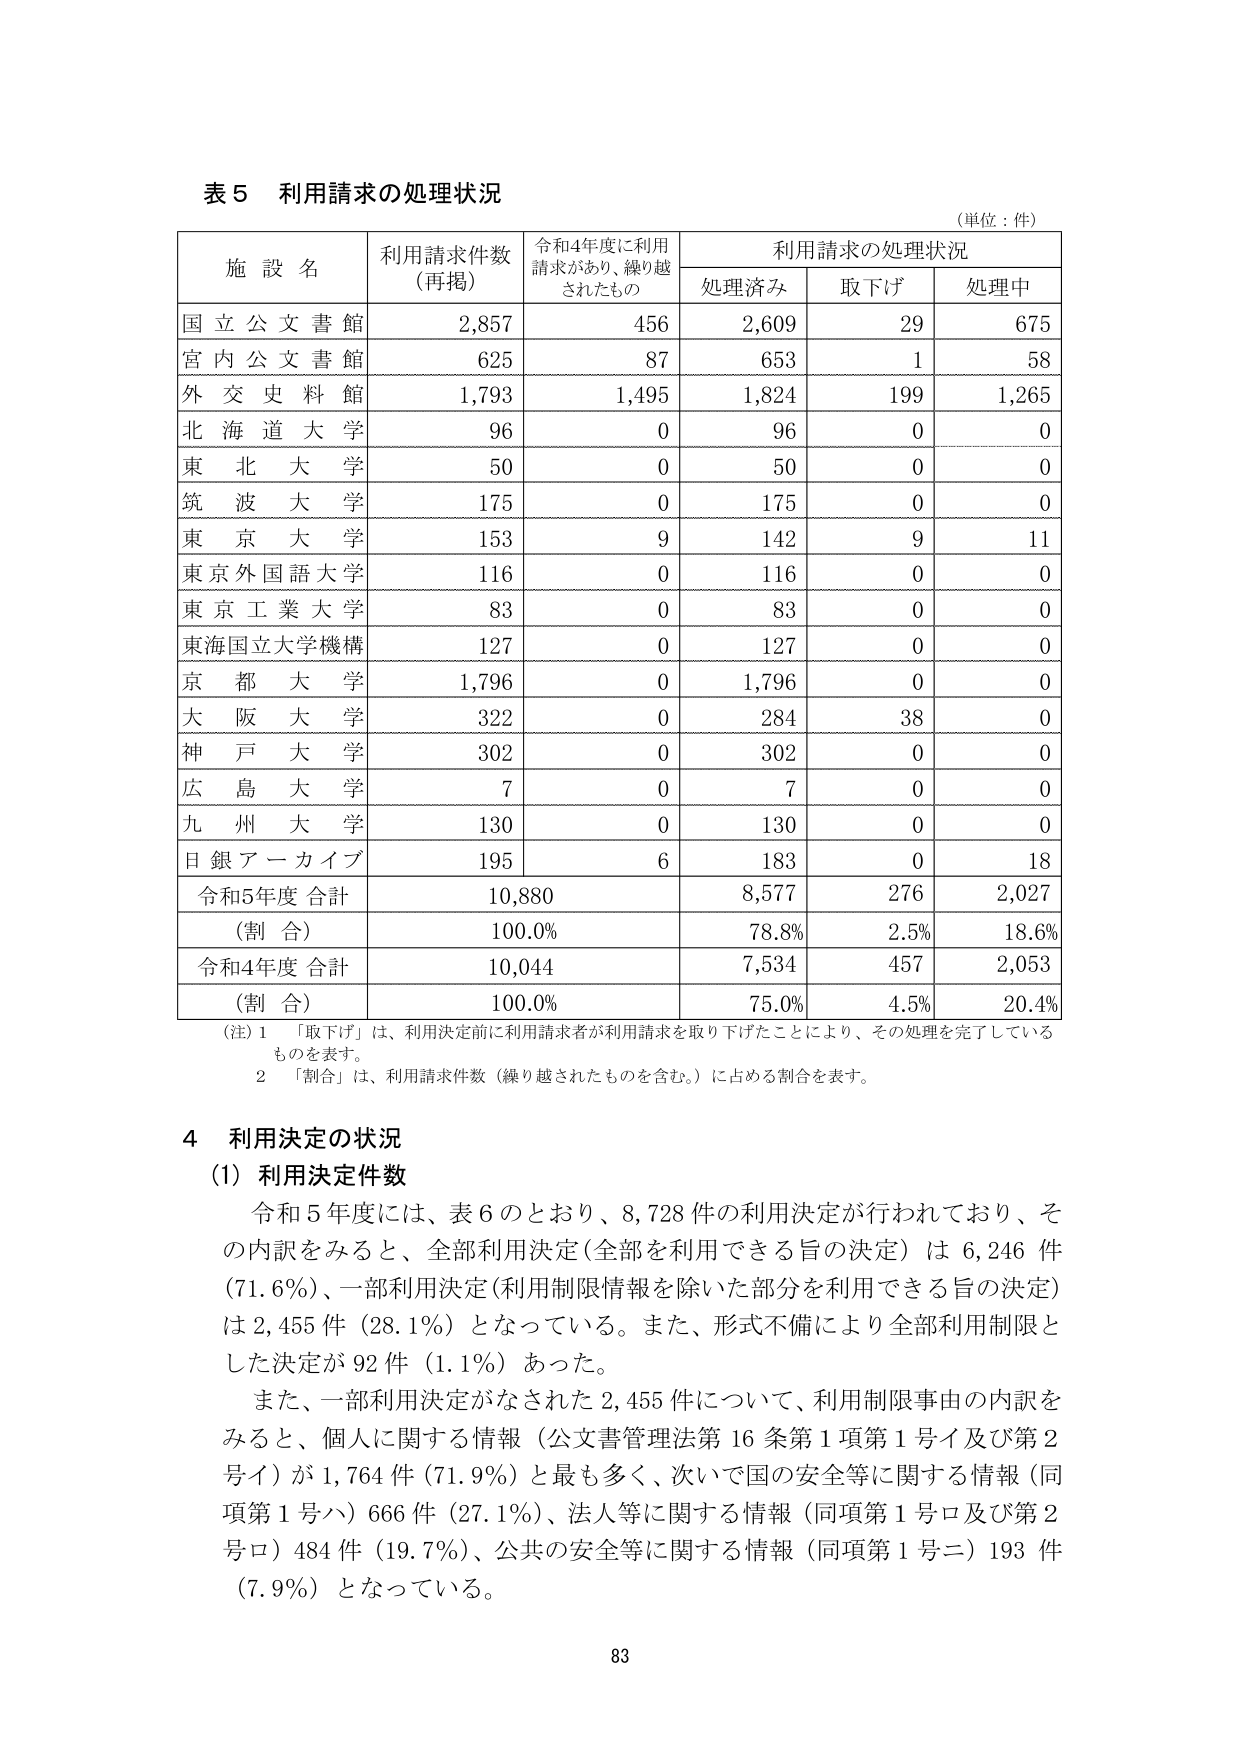
表５ 利用請求の処理状況
（単位：件）

施設名　利用請求件数（再掲）　令和4年度に利用請求があり、繰り越されたもの　利用請求の処理状況
　　　　　　　　　　　　　　　　　　　　　　　　　　　　　処理済み　取下げ　処理中

国立公文書館　2,857　456　2,609　29　675
宮内公文書館　625　87　653　1　58
外交史料館　1,793　1,495　1,824　199　1,265
北海道大学　96　0　96　0　0
東北大学　50　0　50　0　0
筑波大学　175　0　175　0　0
東京大学　153　9　142　9　11
東京外国語大学　116　0　116　0　0
東京工業大学　83　0　83　0　0
東海国立大学機構　127　0　127　0　0
京都大学　1,796　0　1,796　0　0
大阪大学　322　0　284　38　0
神戸大学　302　0　302　0　0
広島大学　7　0　7　0　0
九州大学　130　0　130　0　0
日銀アーカイブ　195　6　183　0　18

令和5年度 合計　10,880　8,577　276　2,027
（割合）　100.0%　78.8%　2.5%　18.6%
令和4年度 合計　10,044　7,534　457　2,053
（割合）　100.0%　75.0%　4.5%　20.4%

（注）1　「取下げ」は、利用決定前に利用請求者が利用請求を取り下げたことにより、その処理を完了しているものを表す。
　　　2　「割合」は、利用請求件数（繰り越されたものを含む。）に占める割合を表す。

4 利用決定の状況
（1）利用決定件数
　令和5年度には、表6のとおり、8,728件の利用決定が行われており、その内訳をみると、全部利用決定（全部を利用できる旨の決定）は6,246件（71.6%）、一部利用決定（利用制限情報を除いた部分を利用できる旨の決定）は2,455件（28.1%）となっている。また、形式不備により全部利用制限とした決定が92件（1.1%）あった。
　また、一部利用決定がなされた2,455件について、利用制限事由の内訳をみると、個人に関する情報（公文書管理法第16条第1項第1号イ及び第2号イ）が1,764件（71.9%）と最も多く、次いで国の安全等に関する情報（同項第1号ハ）666件（27.1%）、法人等に関する情報（同項第1号ロ及び第2号ロ）484件（19.7%）、公共の安全等に関する情報（同項第1号ニ）193件（7.9%）となっている。

83